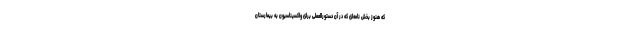
که هنوز بخش نامه‌ای که در آن دستورالعملی برای واکسیناسیون به بیمارستان